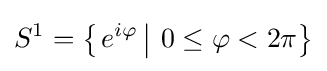
S^{1}=\left\{\left.e^{i\varphi }\,\right|\,0\leq \varphi <2\pi \right\}